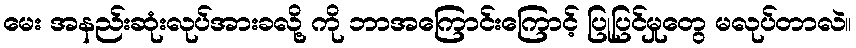
မေး အနည်းဆုံးလုပ်အားခလို့ ကို ဘာအကြောင်းကြောင့် ပြုပြင်မှုတွေ မလုပ်တာလဲ။